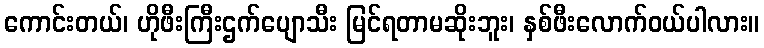
ကောင်းတယ်၊ ဟိုဖီးကြီးဌက်ပျောသီး မြင်ရတာမဆိုးဘူး၊ နှစ်ဖီးလောက်ဝယ်ပါလား။